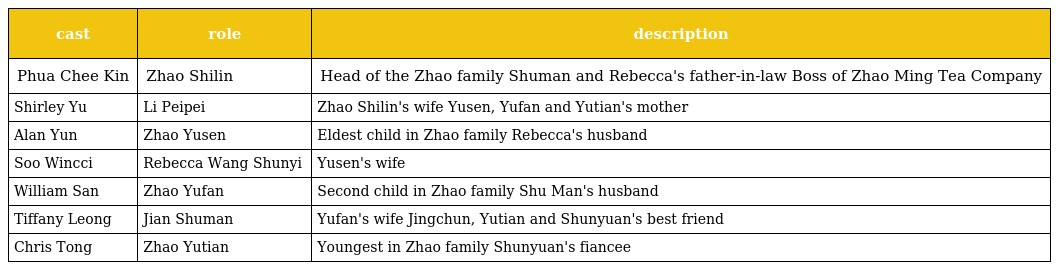
| cast | role | description |
 | --- | --- | --- |
 | Phua Chee Kin | Zhao Shilin 赵世麟 | Head of the Zhao family Shuman and Rebecca's father-in-law Boss of Zhao Ming Tea Company |
 | Shirley Yu | Li Peipei 李姵姵 | Zhao Shilin's wife Yusen, Yufan and Yutian's mother |
 | Alan Yun | Zhao Yusen 赵语森 | Eldest child in Zhao family Rebecca's husband |
 | Soo Wincci | Rebecca Wang Shunyi 汪舜颐 | Yusen's wife |
 | William San | Zhao Yufan 赵语凡 | Second child in Zhao family Shu Man's husband |
 | Tiffany Leong | Jian Shuman 简舒曼 | Yufan's wife Jingchun, Yutian and Shunyuan's best friend |
 | Chris Tong | Zhao Yutian 赵语恬 | Youngest in Zhao family Shunyuan's fiancee |